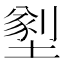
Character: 𡐂